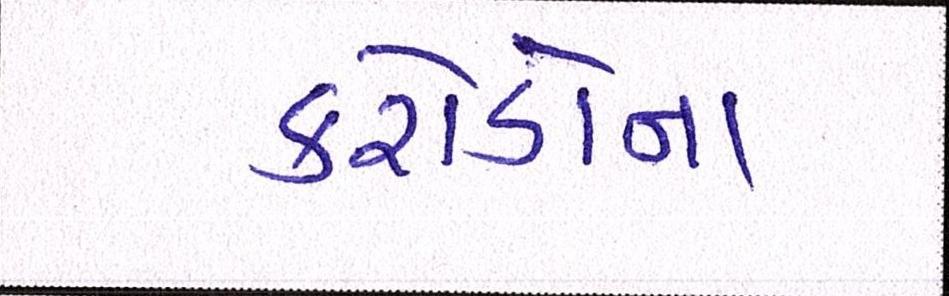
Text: કરોડોના